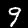
Digit: 9